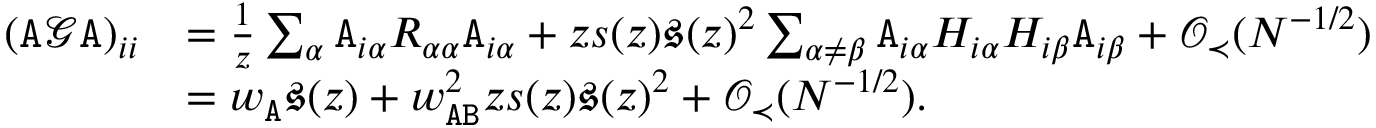
\begin{array} { r l } { ( { \texttt A } { \mathcal G } { \texttt A } ) _ { i i } } & { = \frac { 1 } { z } \sum _ { \alpha } { \texttt A } _ { i \alpha } R _ { \alpha \alpha } { \texttt A } _ { i \alpha } + z s ( z ) \mathfrak { s } ( z ) ^ { 2 } \sum _ { \alpha \neq \beta } { \texttt A } _ { i \alpha } H _ { i \alpha } H _ { i \beta } { \texttt A } _ { i \beta } + { \mathcal O } _ { \prec } ( N ^ { - 1 / 2 } ) } \\ & { = w _ { \texttt A } \mathfrak { s } ( z ) + w _ { { \texttt A } { \texttt B } } ^ { 2 } z s ( z ) \mathfrak { s } ( z ) ^ { 2 } + { \mathcal O } _ { \prec } ( N ^ { - 1 / 2 } ) . } \end{array}